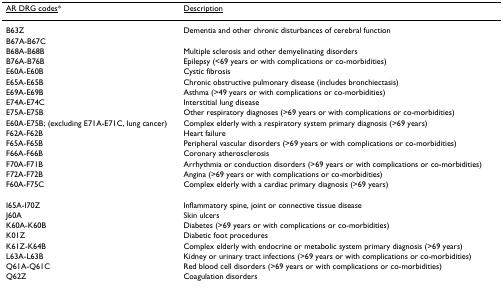
<table><thead><tr><td><b><underline>AR DRG codes</underline>*</b></td><td><b><underline>Description</underline></b></td></tr></thead><tbody><tr><td>B63Z</td><td>Dementia and other chronic disturbances of cerebral function</td></tr><tr><td>B67A-B67C</td><td></td></tr><tr><td>B68A-B68B</td><td>Multiple sclerosis and other demyelinating disorders</td></tr><tr><td>B76A-B76B</td><td>Epilepsy (&lt;69 years or with complications or co-morbidities)</td></tr><tr><td>E60A-E60B</td><td>Cystic fibrosis</td></tr><tr><td>E65A-E65B</td><td>Chronic obstructive pulmonary disease (includes bronchiectasis)</td></tr><tr><td>E69A-E69B</td><td>Asthma (&gt;49 years or with complications or co-morbidities)</td></tr><tr><td>E74A-E74C</td><td>Interstitial lung disease</td></tr><tr><td>E75A-E75B</td><td>Other respiratory diagnoses (&gt;69 years or with complications or co-morbidities)</td></tr><tr><td>E60A-E75B; (excluding E71A-E71C, lung cancer)</td><td>Complex elderly with a respiratory system primary diagnosis (&gt;69 years)</td></tr><tr><td>F62A-F62B</td><td>Heart failure</td></tr><tr><td>F65A-F65B</td><td>Peripheral vascular disorders (&gt;69 years or with complications or co-morbidities)</td></tr><tr><td>F66A-F66B</td><td>Coronary atherosclerosis</td></tr><tr><td>F70A-F71B</td><td>Arrhythmia or conduction disorders (&gt;69 years or with complications or co-morbidities)</td></tr><tr><td>F72A-F72B</td><td>Angina (&gt;69 years or with complications or co-morbidities)</td></tr><tr><td>F60A-F75C</td><td>Complex elderly with a cardiac primary diagnosis (&gt;69 years)</td></tr><tr><td>I65A-I70Z</td><td>Inflammatory spine, joint or connective tissue disease</td></tr><tr><td>J60A</td><td>Skin ulcers</td></tr><tr><td>K60A-K60B</td><td>Diabetes (&gt;69 years or with complications or co-morbidities)</td></tr><tr><td>K01Z</td><td>Diabetic foot procedures</td></tr><tr><td>K61Z-K64B</td><td>Complex elderly with endocrine or metabolic system primary diagnosis (&gt;69 years)</td></tr><tr><td>L63A-L63B</td><td>Kidney or urinary tract infections (&gt;69 years or with complications or co-morbidities)</td></tr><tr><td>Q61A-Q61C</td><td>Red blood cell disorders (&gt;69 years or with complications or co-morbidities)</td></tr><tr><td>Q62Z</td><td>Coagulation disorders</td></tr></tbody></table>